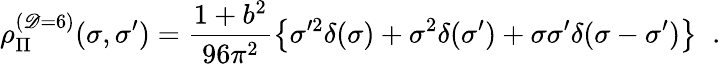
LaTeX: \rho_{\Pi}^{(\mathscr{D}=6)}(\sigma,\sigma^{\prime})={\frac{{1+b^{2}}}{{96\pi^{2}}}}\big\{ \sigma^{\prime2}\delta(\sigma)+\sigma^{2}\delta(\sigma^{\prime})+\sigma\sigma^{\prime}\delta(\sigma-\sigma^{\prime})\big\} \; \; .